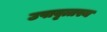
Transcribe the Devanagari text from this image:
उपावृत्तस्य